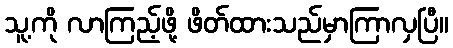
သူ့ကို လာကြည့်ဖို့ ဖိတ်ထားသည်မှာကြာလှပြီ။